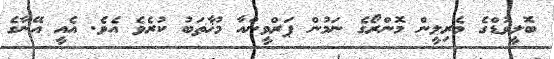
ބޮލީވުޑްގެ މެރިލީން މޮންރޯގެ ނަމުން ޕަރްވީންއާ މުޚާތަބު ކުރެވެ އެވެ. އެއީ އޭނާގެ